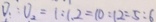
V _ { 1 } : V _ { 2 } = 1 : 1 . 2 = 1 0 : 1 2 : 5 : 6